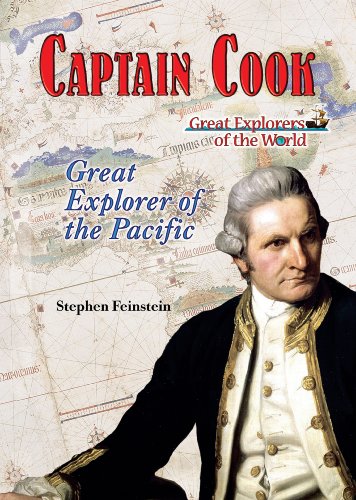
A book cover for Captain Cook: Great Explorer of the Pacific (Great Explorers of the World); Stephen Feinstein; Children's Books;